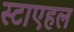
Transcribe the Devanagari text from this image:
स्टाएहल